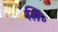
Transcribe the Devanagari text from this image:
सि॰